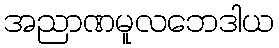
အညာဏမူလဘေဒါယ